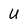
Character: u